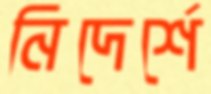
নিদের্শে